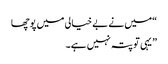
“میں نے بے خیالی میں پوچھا
” یہی تو پتہ نہیں ہے۔